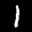
Label: 1